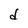
Character: d